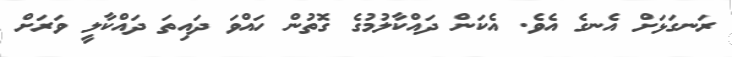
ރަނގަޅަށް އެނގެ އެވެ. އެކަން ދައްކާލުމުގެ ގޮތުން ހައްވަ ދައިތަ ދައްކާލީ ވަރަށް